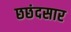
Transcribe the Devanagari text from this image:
छछंदसार